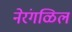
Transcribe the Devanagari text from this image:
नेरंगळिल